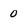
Character: 0